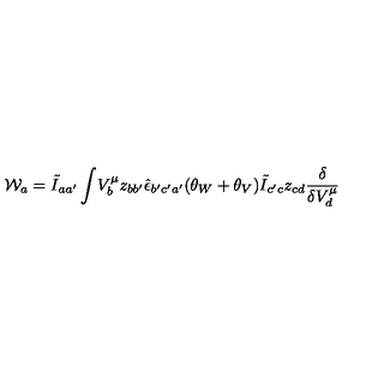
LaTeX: { \cal W } _ { a } = \tilde { I } _ { a a ^ { \prime } } \int \! V _ { b } ^ { \mu } z _ { b b ^ { \prime } } \hat { \epsilon } _ { b ^ { \prime } c ^ { \prime } a ^ { \prime } } ( \theta _ { W } + \theta _ { V } ) \tilde { I } _ { c ^ { \prime } c } z _ { c d } \frac { \delta } { \delta V _ { d } ^ { \mu } }